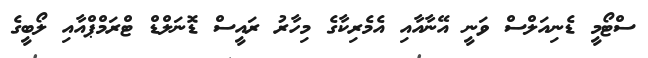
ސްޓޯމީ ޑެނިއަލްސް ވަނީ އޭނާއާއި އެމެރިކާގެ މިހާރު ރައީސް ޑޮނަލްޑް ޓްރަމްޕްއާއި ލޯބީގެ